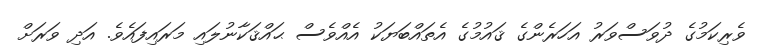
ވެރިކަމުގެ ދުވަސްވަރު އަހަރެންގެ ޤައުމުގެ އެތައްބަޔަކު އެއްވެސް ޙައްޤަކާނުލައި މަރައިފައެވެ. އަދި ވަރަށް